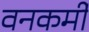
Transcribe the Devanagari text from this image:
वनकर्मी